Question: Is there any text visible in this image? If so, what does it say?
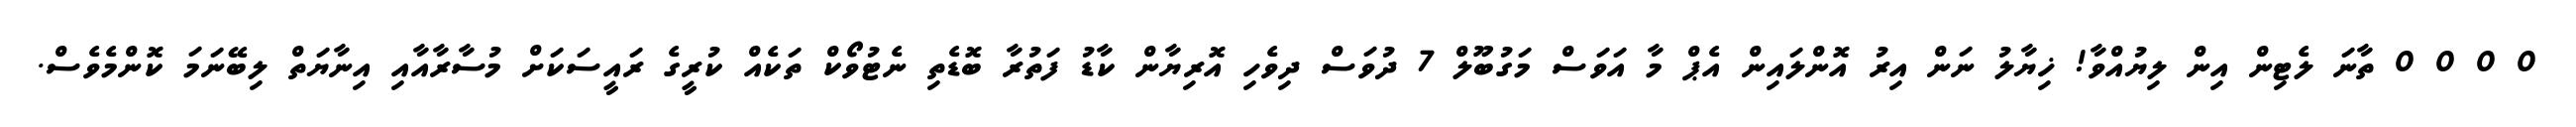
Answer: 0 0 0 0 ތާނަ ލެޓިން އިން ލިޔުއްވާ! ޚިޔާލު ނަން އިރު އޮންލައިން އެޕް މާ އަވަސް މަގުބޫލް 7 ދުވަސް ދިވެހި އޮރިޔާން ކާޑު ފަތުރާ ބޮޑެތި ނެޓުވޯކް ތަކެއް ކުރީގެ ރައީސަކަށް މުސާރާއާއި އިނާޔަތް ލިބޭނަމަ ކޮންމެވެސް.